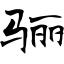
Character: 骊